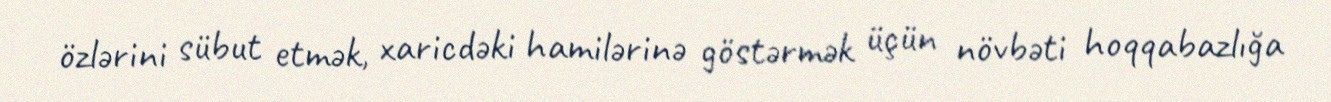
özlərini sübut etmək, xaricdəki hamilərinə göstərmək üçün növbəti hoqqabazlığa